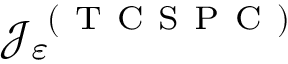
\mathcal { J } _ { \varepsilon } ^ { \mathrm { ~ ( ~ T ~ C ~ S ~ P ~ C ~ ) ~ } }